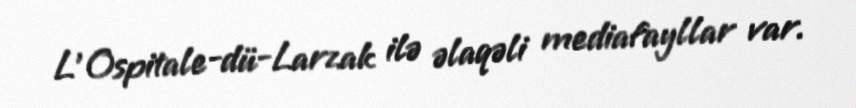
L'Ospitale-dü-Larzak ilə əlaqəli mediafayllar var.